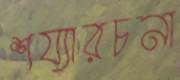
শয্যারচনা